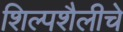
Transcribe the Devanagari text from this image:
शिल्पशैलीचे